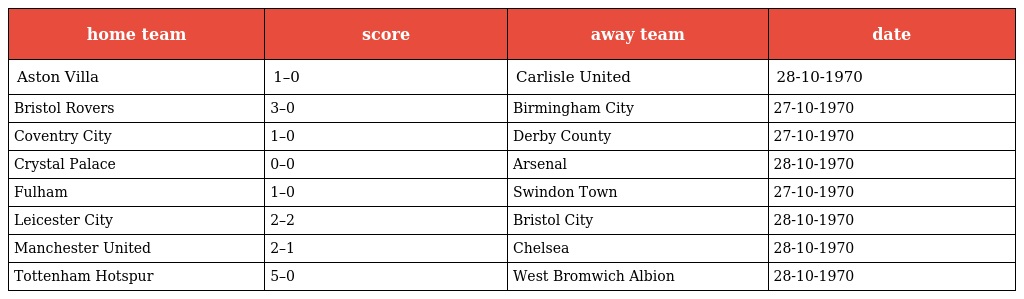
| home team | score | away team | date |
 | --- | --- | --- | --- |
 | Aston Villa | 1–0 | Carlisle United | 28-10-1970 |
 | Bristol Rovers | 3–0 | Birmingham City | 27-10-1970 |
 | Coventry City | 1–0 | Derby County | 27-10-1970 |
 | Crystal Palace | 0–0 | Arsenal | 28-10-1970 |
 | Fulham | 1–0 | Swindon Town | 27-10-1970 |
 | Leicester City | 2–2 | Bristol City | 28-10-1970 |
 | Manchester United | 2–1 | Chelsea | 28-10-1970 |
 | Tottenham Hotspur | 5–0 | West Bromwich Albion | 28-10-1970 |